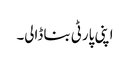
اپنی پارٹی بنا ڈالی۔